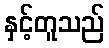
နှင့်တူသည်